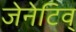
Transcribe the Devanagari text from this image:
जेनेटिव्